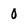
Character: 0